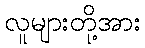
လူများတို့အား